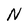
Character: N